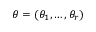
\theta = ( \theta _ { 1 } , \ldots , \theta _ { r } )